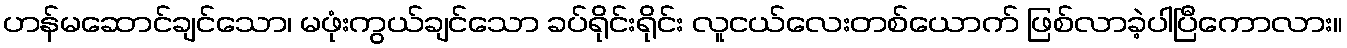
ဟန်မဆောင်ချင်သော၊ မဖုံးကွယ်ချင်သော ခပ်ရိုင်းရိုင်း လူငယ်လေးတစ်ယောက် ဖြစ်လာခဲ့ပါပြီကောလား။